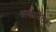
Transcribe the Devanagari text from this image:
अकाउंटला